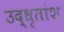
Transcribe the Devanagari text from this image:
उद्धृतांश